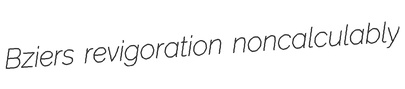
Bziers revigoration noncalculably